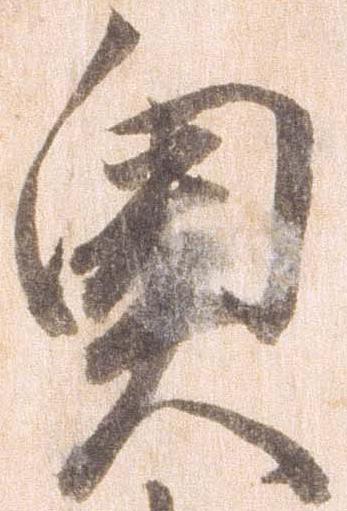
奥